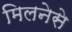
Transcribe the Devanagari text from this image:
मिलनेसे